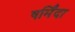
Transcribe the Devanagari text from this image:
षर्मिंदा